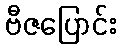
ဗီဇပြောင်း